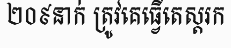
២០៩នាក់ ត្រូវគេធ្វើតេស្តរក